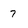
Character: 7